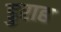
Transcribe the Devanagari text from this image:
डुराह